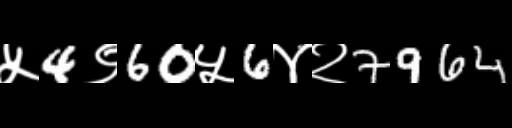
Text: ५4९60५6४२7964